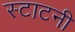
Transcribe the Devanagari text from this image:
स्टाटनी